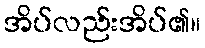
အိပ်လည်းအိပ်၏။